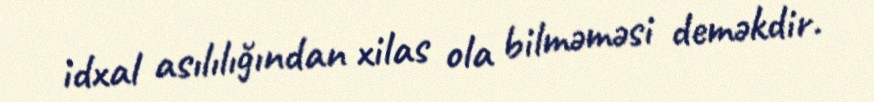
idxal asılılığından xilas ola bilməməsi deməkdir.